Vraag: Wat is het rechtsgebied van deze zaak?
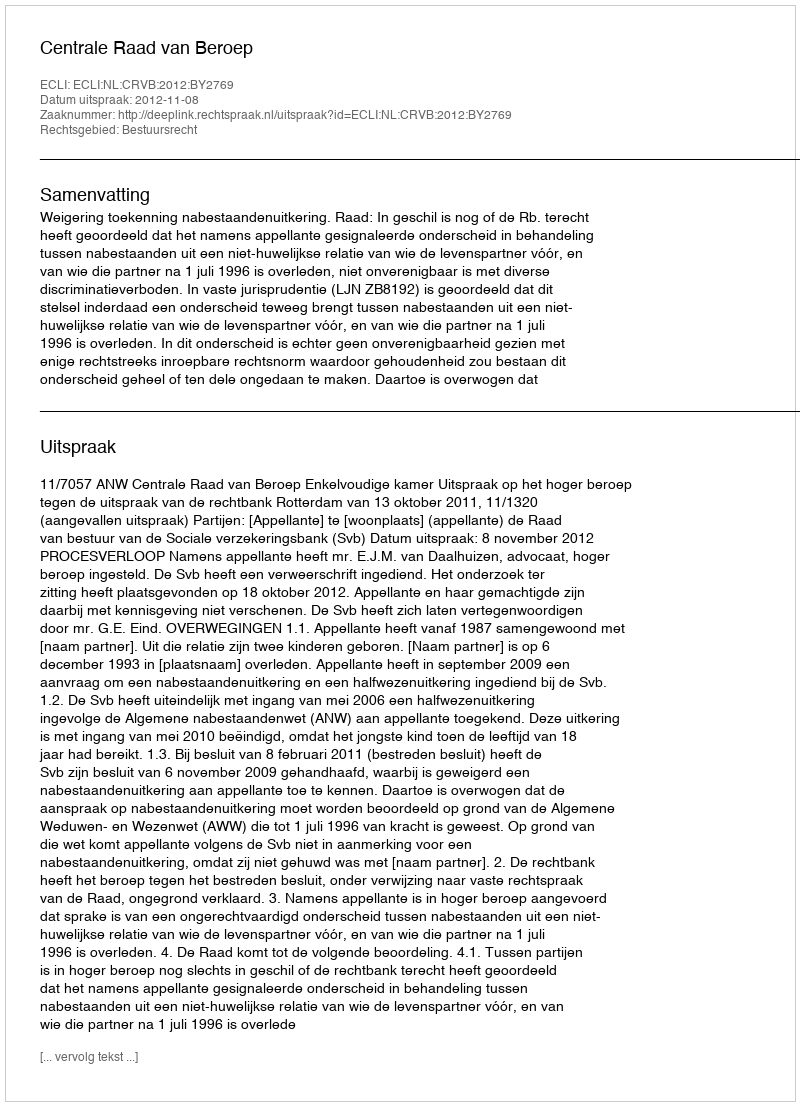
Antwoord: Bestuursrecht